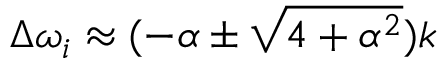
\Delta \omega _ { i } \approx ( - \alpha \pm \sqrt { 4 + \alpha ^ { 2 } } ) k